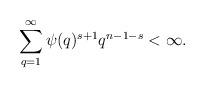
LaTeX: \begin{align*}\sum_{q=1}^\infty \psi(q)^{s+1}q^{n-1-s}<\infty.\end{align*}